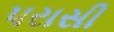
પરાસી